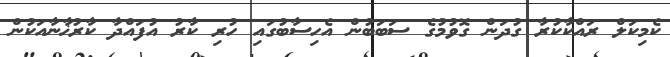
ކެމިކަލް ރައްކާކުރާ ގުދަން ގޮވުމުގެ ސަބަބުން އެހިސާބުގައި ހުރި ކާރު އުފައްދާ ކާރުޚާނާއަކުން